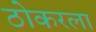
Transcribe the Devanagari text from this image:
ठोकरला